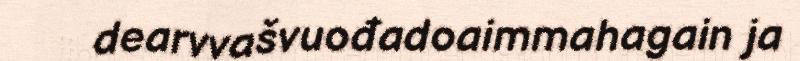
dearvvašvuođadoaimmahagain ja